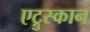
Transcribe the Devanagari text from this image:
एट्रुस्कान